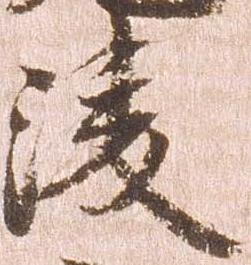
凌